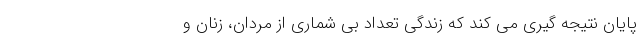
پایان نتیجه گیری می کند که زندگی تعداد بی شماری از مردان، زنان و